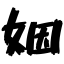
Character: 姻